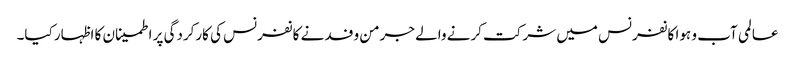
عالمی آب و ہوا کانفرنس میں شرکت کرنے والے جرمن وفد نے کانفرنس کی کارکردگی پر اطمینان کا اظہار کیا۔